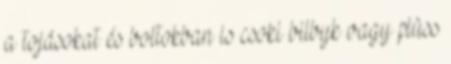
a tojásokat és boltokban is csoki bilbyk vagy plüss